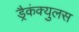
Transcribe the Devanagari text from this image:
ड्रैकंक्युलस